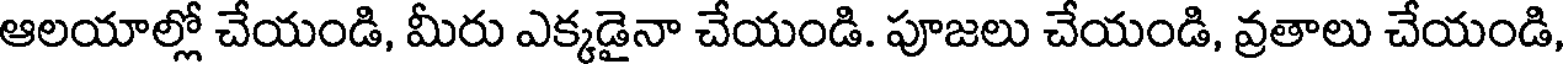
ఆలయాల్లో చేయండి, మీరు ఎక్కడైనా చేయండి. పూజలు చేయండి, వ్రతాలు చేయండి